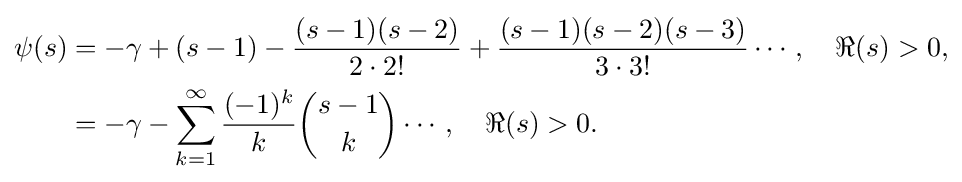
{\begin{aligned}\psi (s)&=-\gamma +(s-1)-{\frac {(s-1)(s-2)}{2\cdot 2!}}+{\frac {(s-1)(s-2)(s-3)}{3\cdot 3!}}\cdots ,\quad \Re (s)>0,\\&=-\gamma -\sum _{k=1}^{\infty }{\frac {(-1)^{k}}{k}}{\binom {s-1}{k}}\cdots ,\quad \Re (s)>0.\end{aligned}}